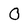
Character: O